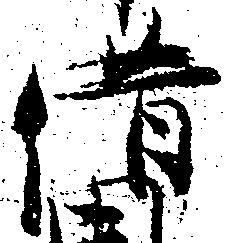
借